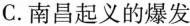
C.南昌起义的爆发